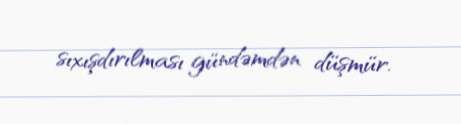
sıxışdırılması gündəmdən düşmür.